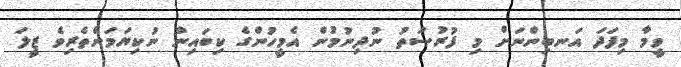
ވީމާ މިފަދަ އަނބިންނަށް މި ފުރުޞަތު ނުދިނުމުން އެމީހުންގެ ކިބައިން ނުކިޔަމަންތެރިވެ ޒީލަ